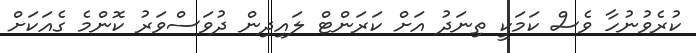
ކުރެވުނުހާ ވެސް ކަމަކީ ތިނަދު އަށް ކަރަންޓް ލައިދިން ދުވަސްވަރު ކޮންމެ ގެއަކަށް